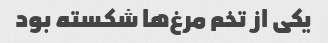
یکی از تخم مرغ‌ها شکسته بود